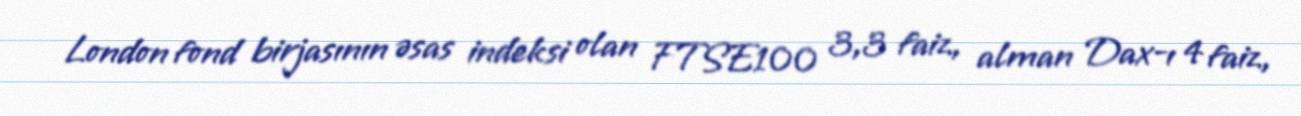
London fond birjasının əsas indeksi olan FTSE100 3,3 faiz, alman Dax-ı 4 faiz,